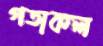
গতাকল